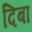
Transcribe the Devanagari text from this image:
दिबा